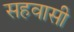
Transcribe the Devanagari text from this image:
सहवासी